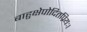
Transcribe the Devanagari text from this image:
बाहुक्षेपोदितप्रियः।